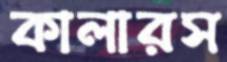
কালারস